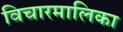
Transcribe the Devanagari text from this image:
विचारमालिका